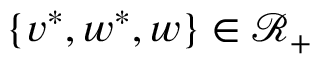
\{ v ^ { * } , w ^ { * } , w \} \in \mathcal { R } _ { + }